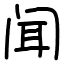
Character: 闻